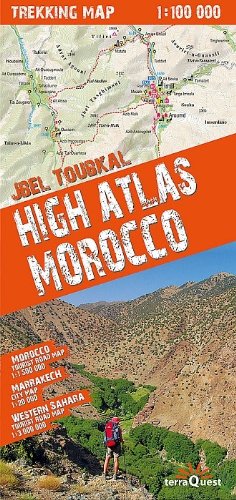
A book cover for High Atlas (Morocco) 1:100,000 Trekking Map & Marrakech 1:20,000, laminated, GPS-compatible; Terraquest Trekking; Travel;